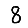
Digit: 8